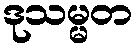
ဒုသမ္မတ